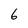
Character: 6